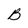
Character: B